Annual report on the working of the mental hospitals in the Madras Presidency - 1912-1932
Year: 1912
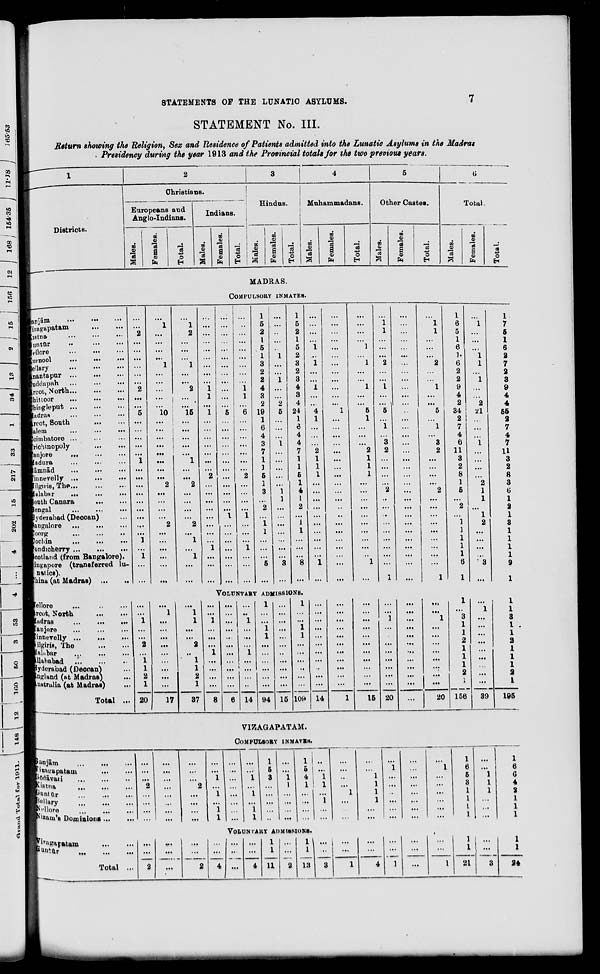
STATEMENTS OP THE LUNATIC ASYLUMS.
STATEMENT No. III.
Return showing the Religion, Sex and Residence of Patients admitted into the Lunatic Asylums in the Madras
• Presidency during the year 1913 and the Provincial totals for the two previous years.
Districts.
3
Christians.
Europeans and
Anglo-Indians.
00
"3
00
<o
•a
a
OJ
fa
o
Hindus.
Indians.
m
"3
m
o>
"3
a
0)
CM
o
H
oo
a)
"3
S
fa
o
H
Muhammadans.
IB
01
m
"3
a
0)
fa
o
E-i
Other Castes.
B
a,
*3
S3
on
01
6
at
fa
o
Total.
CD
5
"3
5
ct
43
CO
0
J^
fa
fcH
MADRAS.
COMPULSORY INMATES.
Jnrjiim
«•
•••
ljzagapatani
...
tistna
luntur
••
■cllore
Inrnool
...
•••
lellary
Inantapur ...
•••
taddapah
Ircot, North...
Ihittoor
Jhingleput
ladriiB
Ircot, South
lalem
loimbatore ...
Irichinopoly
Janjore
...
'In dura
lamnad
[innevelly ...
[ilgii'is, The...
lalabar
...
South Cauara
pcngal
lyderabad (Deooan)
langalore
loorg
Cochin
|ondicherry ...
Scotland (from Bangalore).
|ingnpore (transferred lu-
natics).
China (at Madras)
lellore
frcot, North
In dras
faujore
Finnevelly
lilglrU, The
inh.bar
^lahabad ...
Jyderabad (Deooan)
tn^land (at Madras)
Vu6trulia (at Madras)
Total ... 20
10
... ...
...
... ...
2
.,
...
...
...
1
...
... ...
...
)•
1
...
lu- ...
...
..
... 1
17
15
1
2
2
1
1
1
5
2
I
5
1
3
2
2
4
3
2
19
1
6
4
3
7
1
]
5
1
3
1
5
2
1
5
2
3
2
3
4
3
4
24
1
6
4
4
7
1
1
5
1
4
1
2
"i
I
VOLUNTARY ADMISSIONS.
37
14
1
6
5
1
6
1.
6
2
2
9
4
2
34
2
7
4
6
11
3
2
8
1
5
1
1 ...
...
...
...
...
...
... ...
...
...
...
...
...
...
...
...
...
...
...
...
1
...
1
1
1 ...
...
...
...
...
1 ...
1 ...
...
...
...
...
... ... ...
,,.
...
...
...
...
...
... ... ...
...
...
...
...
...
... ...
..
••
...
...
...
...
••!
... ... ... ...
...
...
...
...
...
... ...
109
...
...
...
...
...
...
94 15
14
1
15 20
...
20
2
21
1
7
6
1
6
2
7
2
3
9
4
4
55
2
7
4
7
11
3
2
8
3
G
1
2
1
3
1
1
1
1
9
1
1
...
1
1
3
3
1
I
1
1
2
a
1
l
1
l
1
l
2
...
2
1
156
39
195
?anjam
fiwuapatam
'fldavari
tiitna.
'Untur
IMlury
Mlore
{ izam' B Dominions ...
;i'up aFatam
»m.*ftr
• • ...' ... 1 ...
..
...
...
2
...
2
... ...
...
...
... ...
...
...
... ...
...
...
... ... '
...
Total
1
i
i
I
VIZAGAPATAM.
COMPULSORY INMATES.
1
5
4
1
1
i
"i
I
VbLUNl'AKY ADMISSIONS.
1
•••!
I
1
1
6
6
1
...
5
I
G
1
3
I
4
1
,.
1
I
2
1 ...
...
...
1
I
...
1
1
...
...
...
...
1
...
1
...
1 ...
1\
...
...
1
...
...
...
...
... ...
...
1 ...
1
...
...
...
...
...
...
1
...
2
...
2
4 ...
4 11
2 13
3
1
4
1
...
1
21
3
24